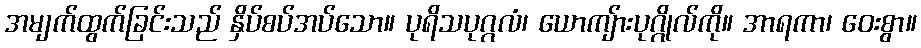
အမျက်ထွက်ခြင်းသည် နှိပ်စပ်အပ်သော။ ပုရိသပုဂ္ဂလံ၊ ယောကျ်ားပုဂ္ဂိုလ်ကို။ အာရကာ၊ ဝေးစွာ။